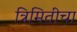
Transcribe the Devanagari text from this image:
त्रिमितीचा